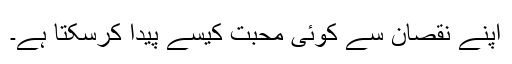
اپنے نقصان سے کوئی محبت کیسے پیدا کرسکتا ہے۔